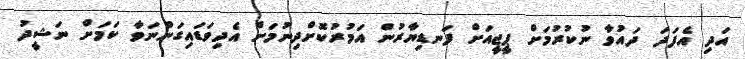
އަދި އެފަދަ ދައުވާ ނުކުރުމަށް ޕީޖީއަށް ފަނޑިޔާރުން އަމުރުކޮށްދިނުމަށް އެދިވަޑައިގަންނަވާ ކަމަށް ނަޝީދު